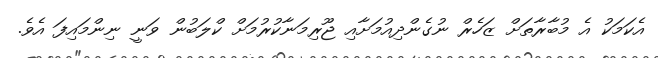
އެކަމަކު އެ މުބާރާތަށް ޒަހެރް ނުގެންދިއުމަށާއި ޖޫރިމަނާކުރުމަށް ކްލަބުން ވަނީ ނިންމައިފަ އެވެ.